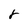
Character: r